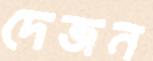
দেজন